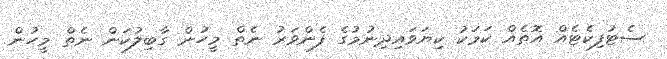
ސެޓުފިކެޓެއް އޮތެއް ކަމަކު ކިޔަވައިދިނުމުގެ ފެންވަރު ނެތް މީހުން ގާބިލުކަން ނެތް މީހުން